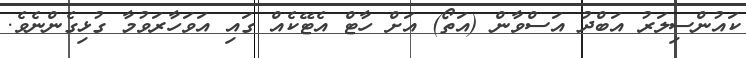
ކައުންސިލަރު އަބްދު އަސްވާން (އަތޯ) އަށް ހާޓް އެޓޭކެއް ގައި އަވަހާރަވުމާ ގުޅިގެންނެވެ.